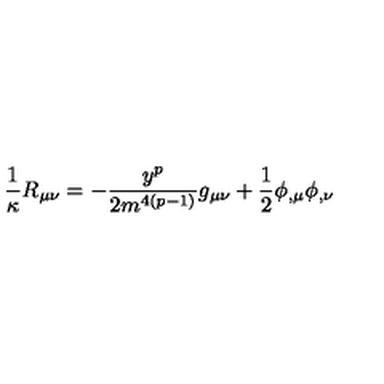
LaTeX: \frac { 1 } { \kappa } R _ { \mu \nu } = - \frac { y ^ { p } } { 2 m ^ { 4 ( p - 1 ) } } g _ { \mu \nu } + \frac { 1 } { 2 } \phi _ { , \mu } \phi _ { , \nu }